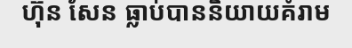
ហ៊ុន សែន ធ្លាប់បាននិយាយគំរាម